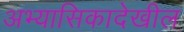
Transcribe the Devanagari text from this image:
अभ्यासिकादेखील